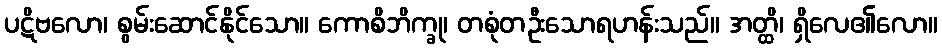
ပဋိဗလော၊ စွမ်းဆောင်နိုင်သော။ ကောစိဘိက္ခု၊ တစုံတဦးသောရဟန်းသည်။ အတ္ထိ၊ ရှိလေ၏လော။